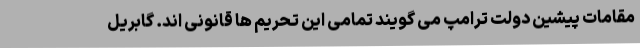
مقامات پیشین دولت ترامپ می گویند تمامی این تحریم ها قانونی اند. گابریل